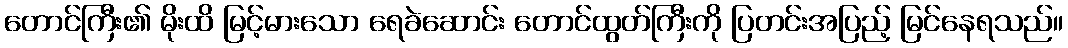
တောင်ကြီး၏ မိုးထိ မြင့်မားသော ရေခဲဆောင်း တောင်ထွတ်ကြီးကို ပြတင်းအပြည့် မြင်နေရသည်။